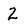
Character: 2